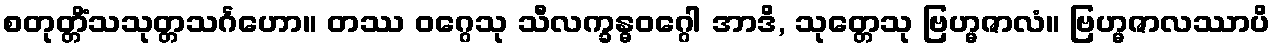
စတုတ္တိံသသုတ္တသင်္ဂဟော။ တဿ ဝဂ္ဂေသု သီလက္ခန္ဓဝဂ္ဂေါ အာဒိ, သုတ္တေသု ဗြဟ္မဇာလံ။ ဗြဟ္မဇာလဿာပိ